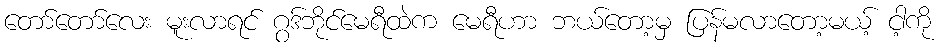
တော်တော်လေး မူးလာရင် ဂွဒ်ဘိုင်မေရီထဲက မေရီဟာ ဘယ်တော့မှ ပြန်မလာတော့မယ့် ငါ့ကို